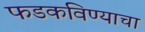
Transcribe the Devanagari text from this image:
फडकविण्याचा